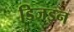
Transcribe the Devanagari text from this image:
डिजइन